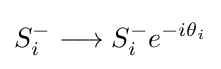
S_{i}^{-}\longrightarrow S_{i}^{-}e^{-i\theta _{i}}